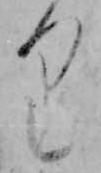
り